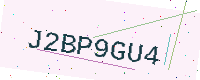
Text: J2BP9GU4